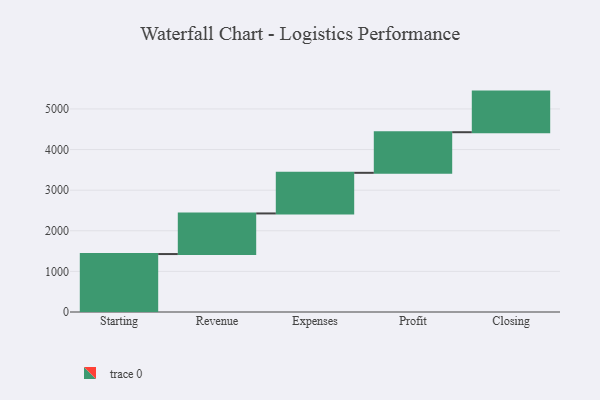
{"axis": {"x": "Step", "y": "Value"}, "legend": [""], "data": [{"x": "Starting", "y": 1427.0, "type": ""}, {"x": "Revenue", "y": 1000, "type": ""}, {"x": "Expenses", "y": 1000, "type": ""}, {"x": "Profit", "y": 1000, "type": ""}, {"x": "Closing", "y": 1000, "type": ""}]}